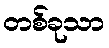
တစ်ခုသာ